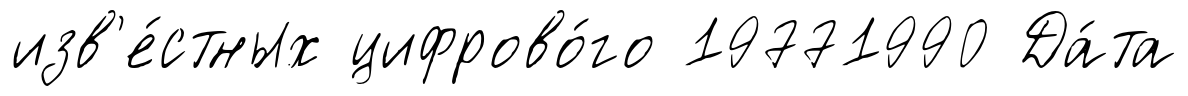
изв'е́стных цифрово́го 19771990 Да́та